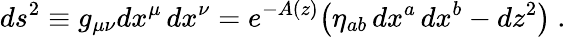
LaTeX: ds^{2}\equiv g_{\mu\nu}dx^{\mu}\, dx^{\nu}=e^{-A(z)}\big(\eta_{ab}\, dx^{a}\, dx^{b}-dz^{2}\big)\ .